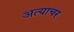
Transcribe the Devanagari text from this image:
अत्याचर